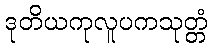
ဒုတိယကုလူပကသုတ္တံ